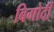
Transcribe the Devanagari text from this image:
बिगोर्दी